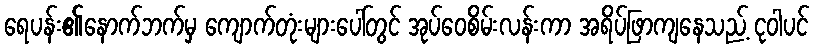
ရေပန်း၏နောက်ဘက်မှ ကျောက်တုံးများပေါ်တွင် အုပ်ဝေစိမ်းလန်းကာ အရိပ်ဖြာကျနေသည့် ငုဝါပင်